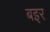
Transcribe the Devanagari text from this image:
बइर